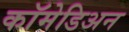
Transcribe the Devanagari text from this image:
कॉमेडिअन